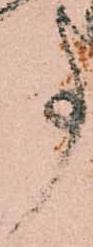
事